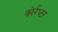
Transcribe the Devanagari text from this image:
कोर्रप्टर